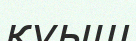
құыш